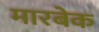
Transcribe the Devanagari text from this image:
मारबेक